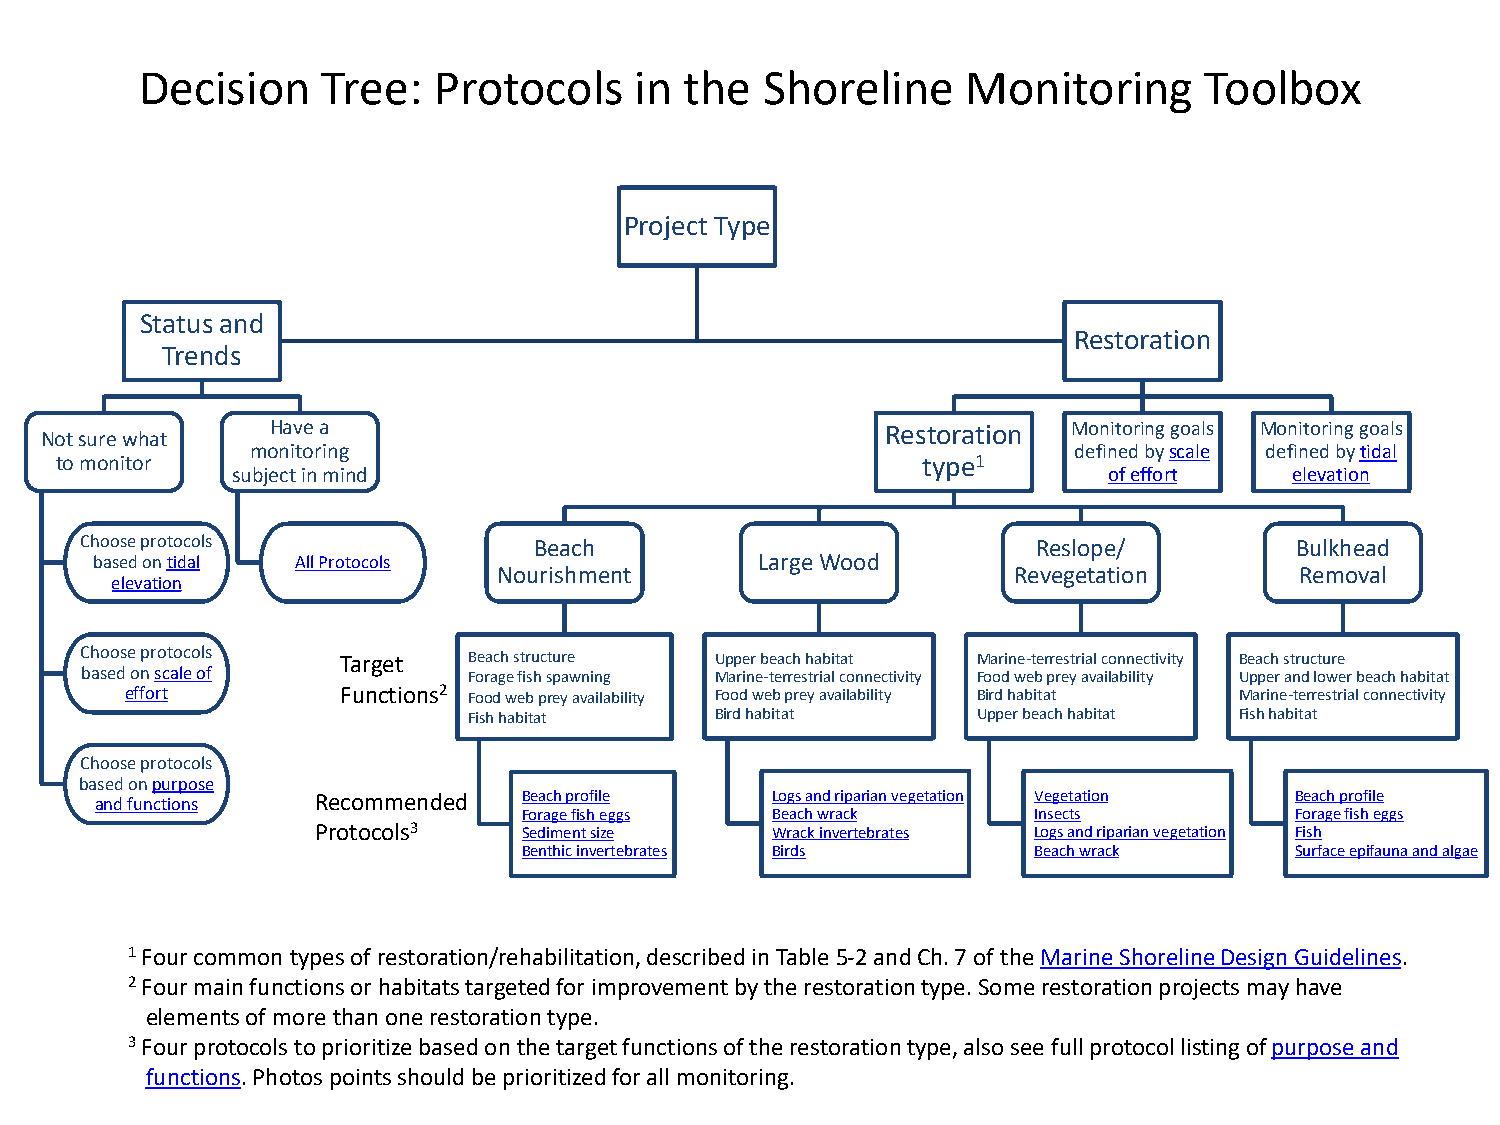
Decision    Tree:   Protocols    in the  Shoreline     Monitoring      Toolbox
 Project Type
 Status and
 Restoration
 Trends
 Have a                                   Restoration Monitoring goals Monitoring goals
 Not sure what
 monitoring                                            defined by scale defined by tidal
 to monitor                                               type1
 subject in mind                                           of effort    elevation
 Choose protocols              Beach                             Reslope/         Bulkhead
 based on tidal All Protocols                Large Wood
 Nourishment                       Revegetation       Removal
 elevation
 Choose protocols  Target  Beach structure Upper beach habitat Marine-terrestrial connectivity Beach structure
 based on scale of         Forage fish spawning Marine-terrestrial connectivity Food web prey availability Upper and lower beach habitat
 effort         Functions2 Food web prey availability Food web prey availability Bird habitat Marine-terrestrial connectivity
 Fish habitat    Bird habitat      Upper beach habitat Fish habitat
 Choose protocols
 based on purpose
 and functions  Recommended   Beach profile   Logs and riparian vegetation Vegetation Beach profile
 Forage fish eggs Beach wrack     Insects           Forage fish eggs
 Protocols3    Sediment size   Wrack invertebrates Logs and riparian vegetation Fish
 Benthic invertebrates Birds      Beach wrack       Surface epifauna and algae
 1Four common types of restoration/rehabilitation, described in Table 5-2 and Ch. 7 of the Marine Shoreline Design Guidelines.
 2Four main functions or habitats targeted for improvement by the restoration type. Some restoration projects may have
 elements of more than one restoration type.
 3Four protocols to prioritize based on the target functions of the restoration type, also see full protocol listing of purpose and
 functions. Photos points should be prioritized for all monitoring.